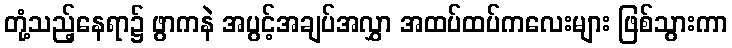
တုံ့သည့်နေရာ၌ ဖွာကနဲ အပွင့်အချပ်အလွှာ အထပ်ထပ်ကလေးများ ဖြစ်သွားကာ